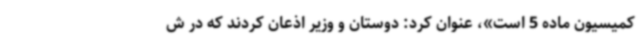
کمیسیون ماده 5 است»، عنوان کرد: دوستان و وزیر اذعان کردند که در ش